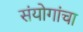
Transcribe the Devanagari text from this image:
संयोगांचा